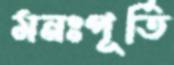
মনঃপূর্তি